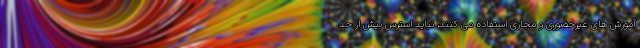
آموزش های غیرحضوری و مجازی استفاده می کنند، نباید استرس بیش از حد